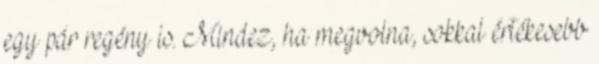
egy pár regény is. Mindez, ha megvolna, sokkal értékesebb